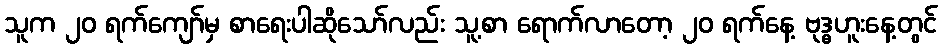
သူက ၂၀ ရက်ကျော်မှ စာရေးပါဆိုသော်လည်း သူ့စာ ရောက်လာတော့ ၂၀ ရက်နေ့ ဗုဒ္ဓဟူးနေ့တွင်